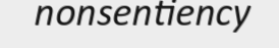
nonsentiency